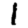
Digit: 1